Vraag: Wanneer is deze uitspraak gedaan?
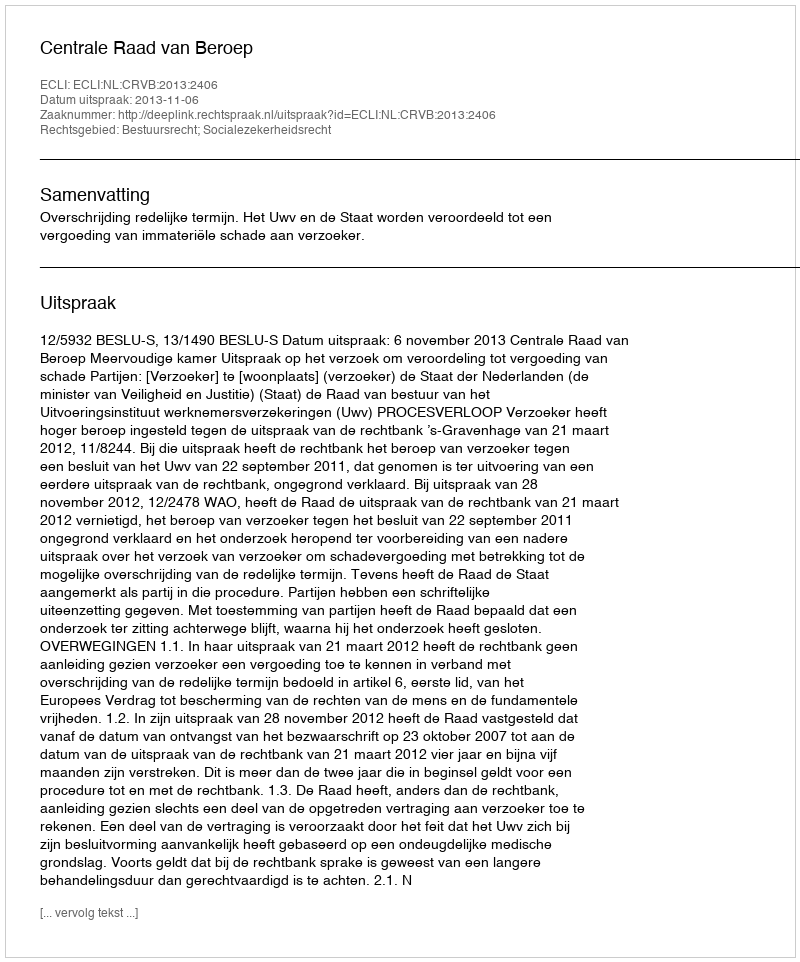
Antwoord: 2013-11-06